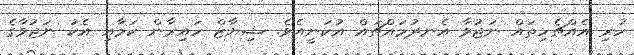
ހުރި އެއްޗެހިތައް ނަޖުވާ އެނދުމައްޗައް އުކަނީއެވެ. ޝިޔާޒް ހައިރާން ކަމާއި އެކު ނަޖުވާގެ